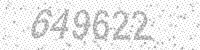
Solution: 649622